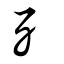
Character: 歹